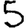
Digit: 5